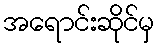
အရောင်းဆိုင်မှ